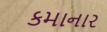
કમાનાર